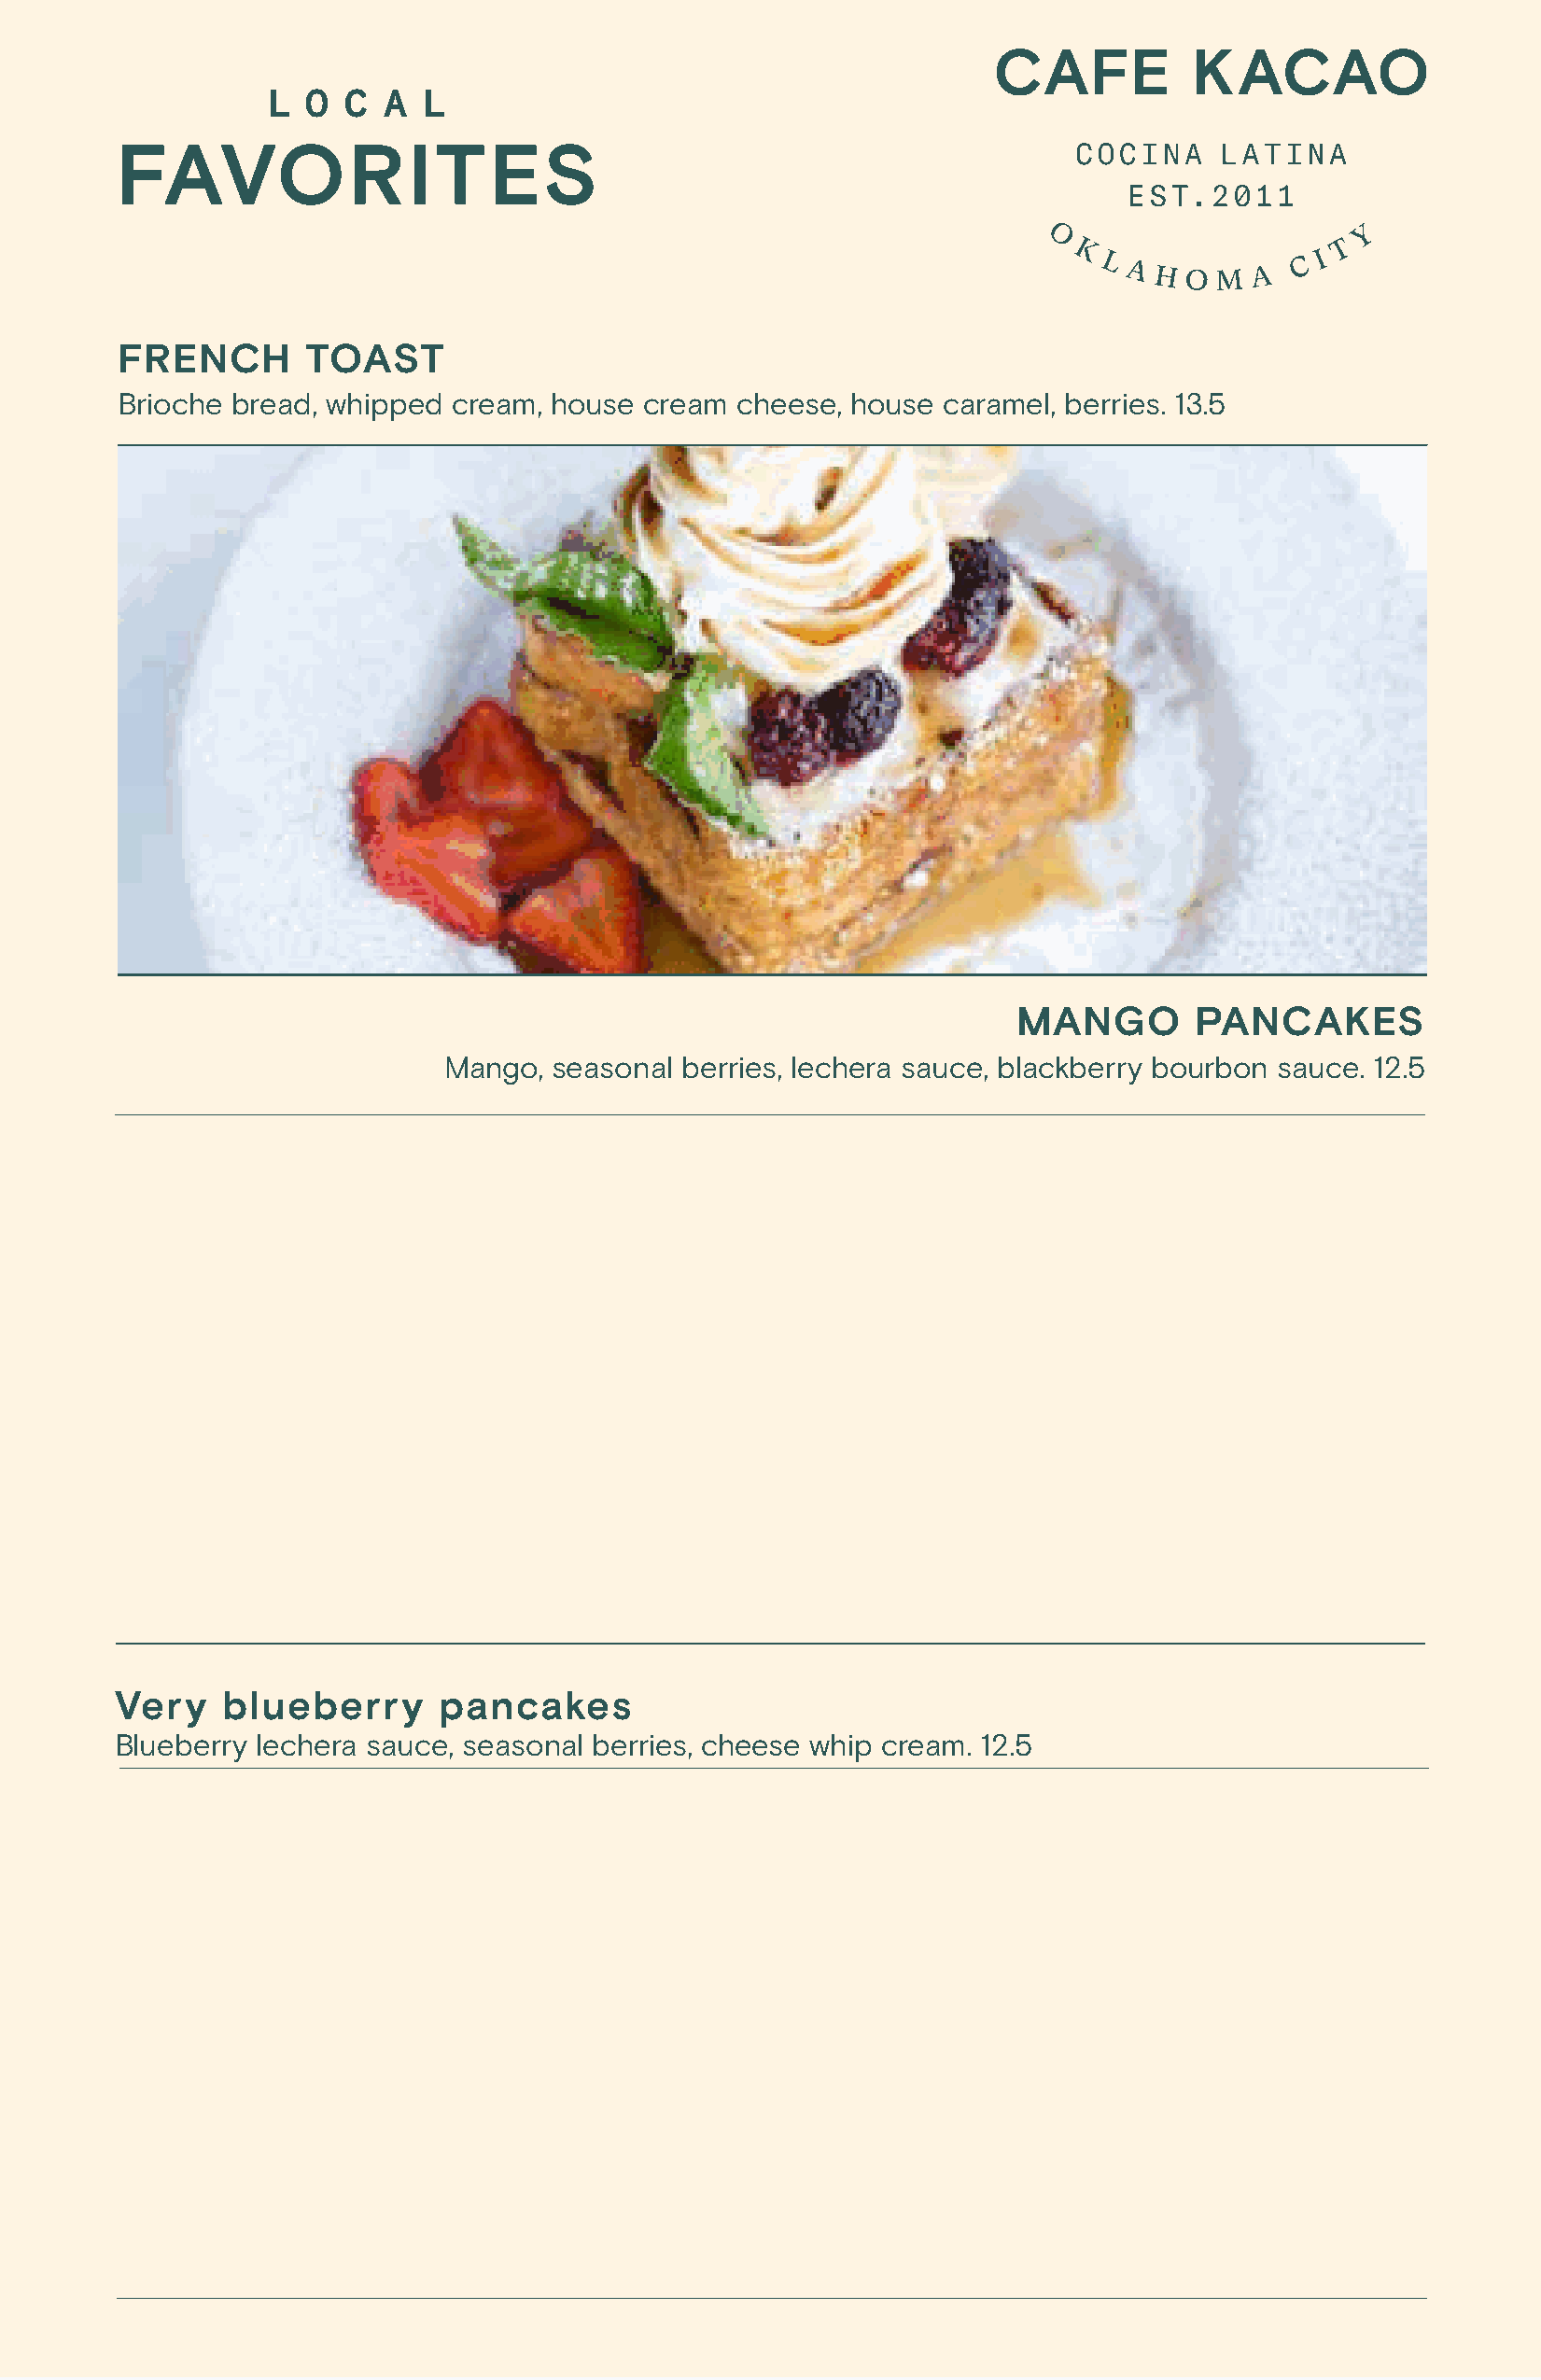
L  O C  A  L
 FAVORITES
 FRENCH        TOAST
 Brioche bread, whipped  cream, house  cream cheese, house  caramel, berries. 13.5
 MANGO        PANCAKES
 Mango, seasonal berries, lechera sauce, blackberry bourbon sauce. 12.5
 Very    blueberry      pancakes
 Blueberry lechera sauce, seasonal berries, cheese whip cream. 12.5